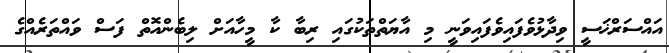
އައްސަރްޚަސީ ވިދާޅުވެފައިވެފައިވަނީ މި އާޔަތްތަކުގައި ރިބާ ކާ މީހާއަށް ލިބެންއޮތް ފަސް ވައްތަރެއްގެ